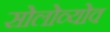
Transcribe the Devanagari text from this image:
सोलोव्योव